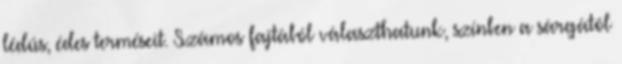
lédús, édes terméseit. Számos fajtából választhatunk, színben a sárgától